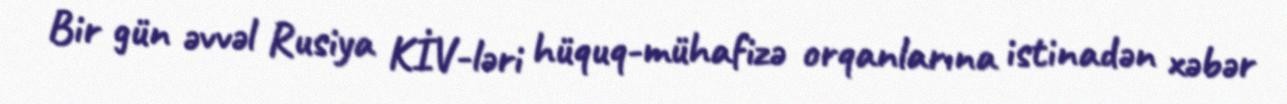
Bir gün əvvəl Rusiya KİV-ləri hüquq-mühafizə orqanlarına istinadən xəbər